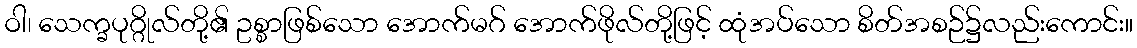
ဝါ၊ သေက္ခပုဂ္ဂိုလ်တို့၏ ဥစ္စာဖြစ်သော အောက်မဂ် အောက်ဖိုလ်တို့ဖြင့် ထုံအပ်သော စိတ်အစဉ်၌လည်းကောင်း။